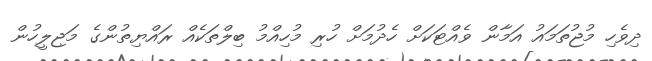
ދިވެހި މުޖުތަމައު އަމާން ވެއްޓަކަށް ހެދުމަށް ހުރި މުހިއްމު ބިލްތަކެއް ރައްޔިތުންގެ މަޖިލީހުން